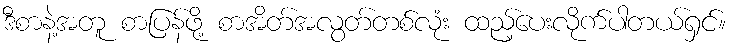
ဒီစာနဲ့အတူ စာပြန်ဖို့ စာအိတ်အလွတ်တစ်လုံး ထည့်ပေးလိုက်ပါတယ်ရှင်။